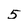
Character: 5